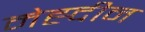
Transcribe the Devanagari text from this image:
मेह्दीन